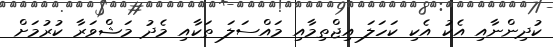
ކުދިންނާއި އެކު އެކި ކަހަލަ އިޖްތިމާއި މައްސަލަ ތަކާއި މެދު މަޝްވަރާ ކުރުމަށް